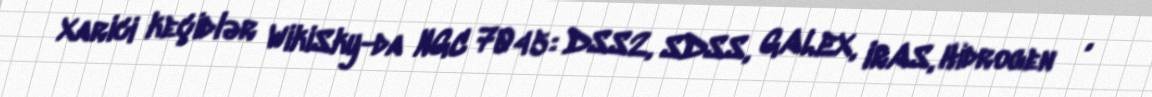
Xarici keçidlər WikiSky-da NGC 7045: DSS2, SDSS, GALEX, IRAS, Hidrogen α,